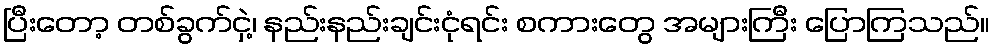
ပြီးတော့ တစ်ခွက်ငှဲ့၊ နည်းနည်းချင်းငုံရင်း စကားတွေ အများကြီး ပြောကြသည်။